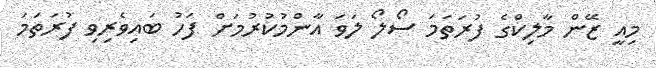
މިއީ ޒޭން މާލިކްގެ ފުރަތަމަ ސޯލޯ ލަވަ އާންމުކުރުމަށް ފަހު ބައިވެރިވި ފުރަތަމަ